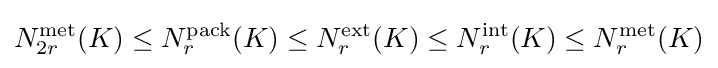
N_{2r}^{\text{met}}(K)\leq N_{r}^{\text{pack}}(K)\leq N_{r}^{\text{ext}}(K)\leq N_{r}^{\text{int}}(K)\leq N_{r}^{\text{met}}(K)